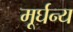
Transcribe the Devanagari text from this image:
मूर्घन्य